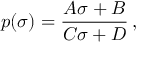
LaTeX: p ( \sigma ) = \frac { A \sigma + B } { C \sigma + D } \, ,